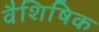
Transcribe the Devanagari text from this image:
वैशिषिक